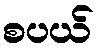
စပယ်